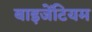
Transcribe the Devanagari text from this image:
बाइजेंटियम